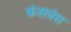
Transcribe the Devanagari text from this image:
कंसवंस